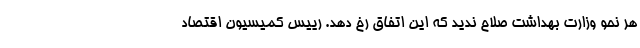
هر نحو وزارت بهداشت صلاح ندید که این اتفاق رخ دهد. رییس کمیسیون اقتصاد